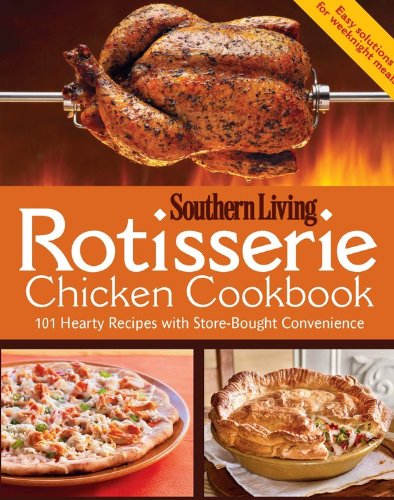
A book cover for Rotisserie Chicken Cookbook: 101 hearty dishes with store-bought convenience; Editors of Southern Living Magazine; Cookbooks, Food & Wine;